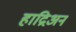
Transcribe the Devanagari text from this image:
हाद्रिअन